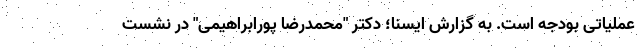
عملیاتی بودجه است. به گزارش ایسنا؛ دکتر "محمدرضا پورابراهیمی" در نشست